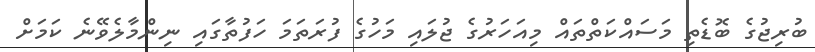
ބުރިޖުގެ ބޮޑެތި މަސައްކަތްތައް މިއަހަރުގެ ޖުލައި މަހުގެ ފުރަތަމަ ހަފުތާގައި ނިންމާލެވޭނެ ކަމަށް